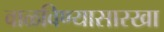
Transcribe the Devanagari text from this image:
वाळविण्यासारखा